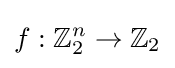
f:\mathbb {Z} _{2}^{n}\to \mathbb {Z} _{2}